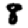
Digit: 8